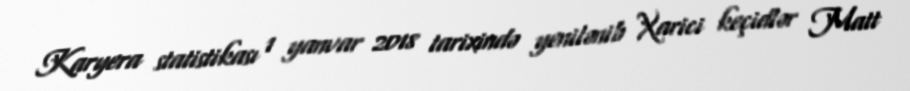
Karyera statistikası 1 yanvar 2018 tarixində yenilənib Xarici keçidlər Matt